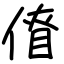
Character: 傄